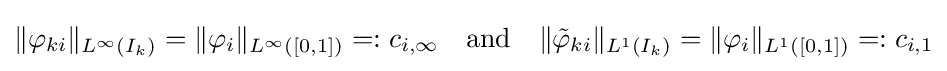
\|\varphi _{ki}\|_{L^{\infty }(I_{k})}=\|\varphi _{i}\|_{L^{\infty }([0,1])}=:c_{i,\infty }\quad {\text{and}}\quad \|{\tilde {\varphi }}_{ki}\|_{L^{1}(I_{k})}=\|\varphi _{i}\|_{L^{1}([0,1])}=:c_{i,1}